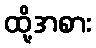
ထို့အစား